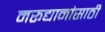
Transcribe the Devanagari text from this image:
मरूद्यानांसाठी